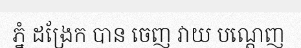
ភ្នំ ដង្រែក បាន ចេញ វាយ បណ្តេញ